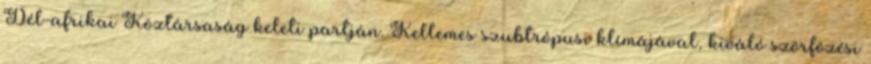
Dél-afrikai Köztársaság keleti partján. Kellemes szubtrópusi klímájával, kiváló szörfözési